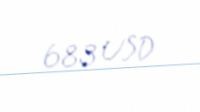
683 USD